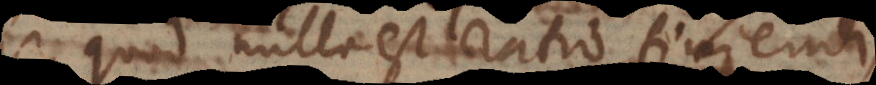
quod nulla est ratio finiendi